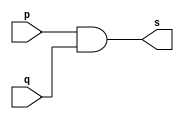
// Exercicio09 - and
// Nome: Samuel Eusbio da Silva

// and gate

	module andgate (output s, input p, input q);
	assign s = p & q;
	endmodule //--and
	
	//--test andgate
	
	module testandgate;
	
	reg a,b,c;
	wire s1, s2;
	
	andgate AND2 (s1, a, b);
	andgate AND3 (s2, s1, c);
	
	initial begin:start
	a=0;b=0;c=0;
	end
	
	initial begin:main
	$display("Exercicio09 - Samuel Eusbio da Silva - 435055"); 
	$display("Test and gate");
	$display("\n a & b & c = s\n");
	$monitor("%b & %b & %b = %b", a, b, c, s2);
	#1 a=0; b=0; c=0;
	#1 a=0; b=0; c=1;
	#1 a=0; b=1; c=0;
	#1 a=0; b=1; c=1;
	#1 a=1; b=0; c=0;
	#1 a=1; b=0; c=1;
	#1 a=1; b=1; c=0;
	#1 a=1; b=1; c=1;
	end
	endmodule //--testandgate